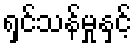
ရှင်သန်မှုနှင့်